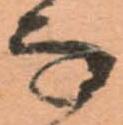
な